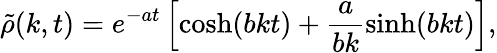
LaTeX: \tilde{\rho}(k,t)=e^{-at}\left[\cosh(bkt)+\frac{a}{bk}\sinh(bkt)\right],